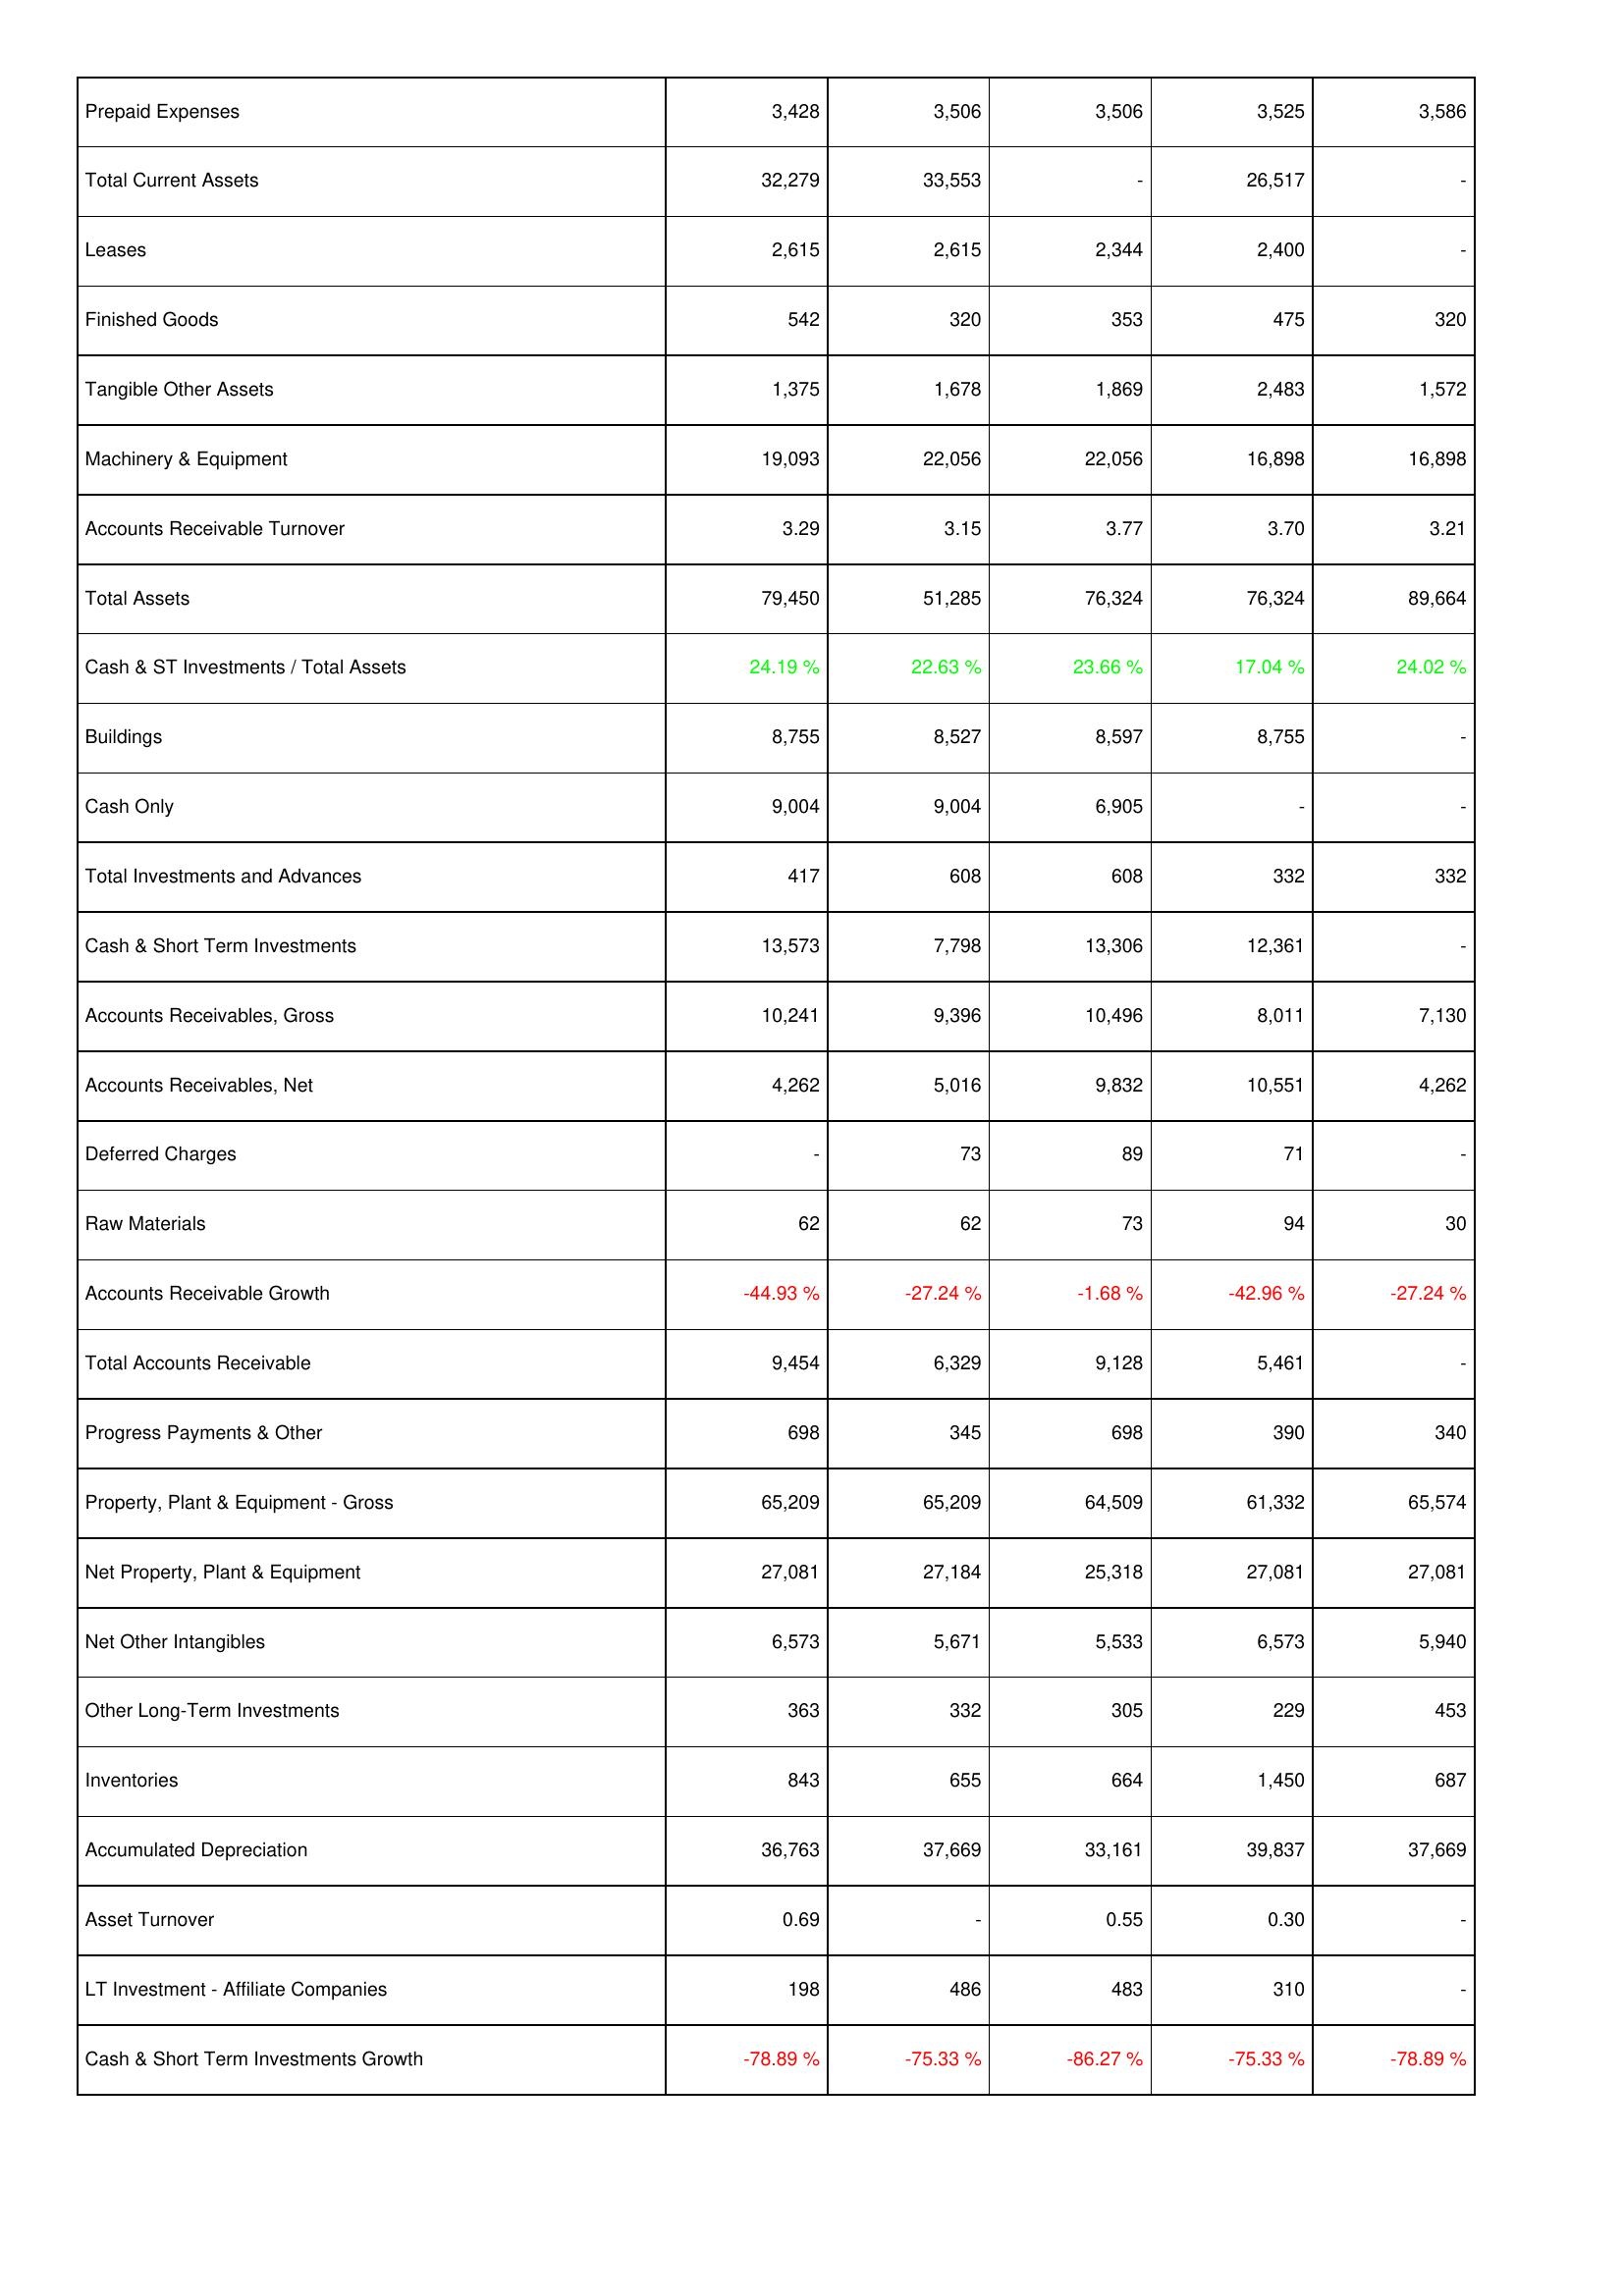
2014: Assets: Prepaid Expenses: 3,428
Total Current Assets: 32,279
Leases: 2,615
Finished Goods: 542
Tangible Other Assets: 1,375
Machinery & Equipment: 19,093
Accounts Receivable Turnover: 3.29
Total Assets: 79,450
Cash & ST Investments / Total Assets: 24.19 %
Buildings: 8,755
Cash Only: 9,004
Total Investments and Advances: 417
Cash & Short Term Investments: 13,573
Accounts Receivables, Gross: 10,241
Accounts Receivables, Net: 4,262
Deferred Charges: -
Raw Materials: 62
Accounts Receivable Growth: -44.93 %
Total Accounts Receivable: 9,454
Progress Payments & Other: 698
Property, Plant & Equipment - Gross: 65,209
Net Property, Plant & Equipment: 27,081
Net Other Intangibles: 6,573
Other Long-Term Investments: 363
Inventories: 843
Accumulated Depreciation: 36,763
Asset Turnover: 0.69
LT Investment - Affiliate Companies: 198
Cash & Short Term Investments Growth: -78.89 %
2015: Assets: Prepaid Expenses: 3,506
Total Current Assets: 33,553
Leases: 2,615
Finished Goods: 320
Tangible Other Assets: 1,678
Machinery & Equipment: 22,056
Accounts Receivable Turnover: 3.15
Total Assets: 51,285
Cash & ST Investments / Total Assets: 22.63 %
Buildings: 8,527
Cash Only: 9,004
Total Investments and Advances: 608
Cash & Short Term Investments: 7,798
Accounts Receivables, Gross: 9,396
Accounts Receivables, Net: 5,016
Deferred Charges: 73
Raw Materials: 62
Accounts Receivable Growth: -27.24 %
Total Accounts Receivable: 6,329
Progress Payments & Other: 345
Property, Plant & Equipment - Gross: 65,209
Net Property, Plant & Equipment: 27,184
Net Other Intangibles: 5,671
Other Long-Term Investments: 332
Inventories: 655
Accumulated Depreciation: 37,669
Asset Turnover: -
LT Investment - Affiliate Companies: 486
Cash & Short Term Investments Growth: -75.33 %
2016: Assets: Prepaid Expenses: 3,506
Total Current Assets: -
Leases: 2,344
Finished Goods: 353
Tangible Other Assets: 1,869
Machinery & Equipment: 22,056
Accounts Receivable Turnover: 3.77
Total Assets: 76,324
Cash & ST Investments / Total Assets: 23.66 %
Buildings: 8,597
Cash Only: 6,905
Total Investments and Advances: 608
Cash & Short Term Investments: 13,306
Accounts Receivables, Gross: 10,496
Accounts Receivables, Net: 9,832
Deferred Charges: 89
Raw Materials: 73
Accounts Receivable Growth: -1.68 %
Total Accounts Receivable: 9,128
Progress Payments & Other: 698
Property, Plant & Equipment - Gross: 64,509
Net Property, Plant & Equipment: 25,318
Net Other Intangibles: 5,533
Other Long-Term Investments: 305
Inventories: 664
Accumulated Depreciation: 33,161
Asset Turnover: 0.55
LT Investment - Affiliate Companies: 483
Cash & Short Term Investments Growth: -86.27 %
2017: Assets: Prepaid Expenses: 3,525
Total Current Assets: 26,517
Leases: 2,400
Finished Goods: 475
Tangible Other Assets: 2,483
Machinery & Equipment: 16,898
Accounts Receivable Turnover: 3.70
Total Assets: 76,324
Cash & ST Investments / Total Assets: 17.04 %
Buildings: 8,755
Cash Only: -
Total Investments and Advances: 332
Cash & Short Term Investments: 12,361
Accounts Receivables, Gross: 8,011
Accounts Receivables, Net: 10,551
Deferred Charges: 71
Raw Materials: 94
Accounts Receivable Growth: -42.96 %
Total Accounts Receivable: 5,461
Progress Payments & Other: 390
Property, Plant & Equipment - Gross: 61,332
Net Property, Plant & Equipment: 27,081
Net Other Intangibles: 6,573
Other Long-Term Investments: 229
Inventories: 1,450
Accumulated Depreciation: 39,837
Asset Turnover: 0.30
LT Investment - Affiliate Companies: 310
Cash & Short Term Investments Growth: -75.33 %
2018: Assets: Prepaid Expenses: 3,586
Total Current Assets: -
Leases: -
Finished Goods: 320
Tangible Other Assets: 1,572
Machinery & Equipment: 16,898
Accounts Receivable Turnover: 3.21
Total Assets: 89,664
Cash & ST Investments / Total Assets: 24.02 %
Buildings: -
Cash Only: -
Total Investments and Advances: 332
Cash & Short Term Investments: -
Accounts Receivables, Gross: 7,130
Accounts Receivables, Net: 4,262
Deferred Charges: -
Raw Materials: 30
Accounts Receivable Growth: -27.24 %
Total Accounts Receivable: -
Progress Payments & Other: 340
Property, Plant & Equipment - Gross: 65,574
Net Property, Plant & Equipment: 27,081
Net Other Intangibles: 5,940
Other Long-Term Investments: 453
Inventories: 687
Accumulated Depreciation: 37,669
Asset Turnover: -
LT Investment - Affiliate Companies: -
Cash & Short Term Investments Growth: -78.89 %